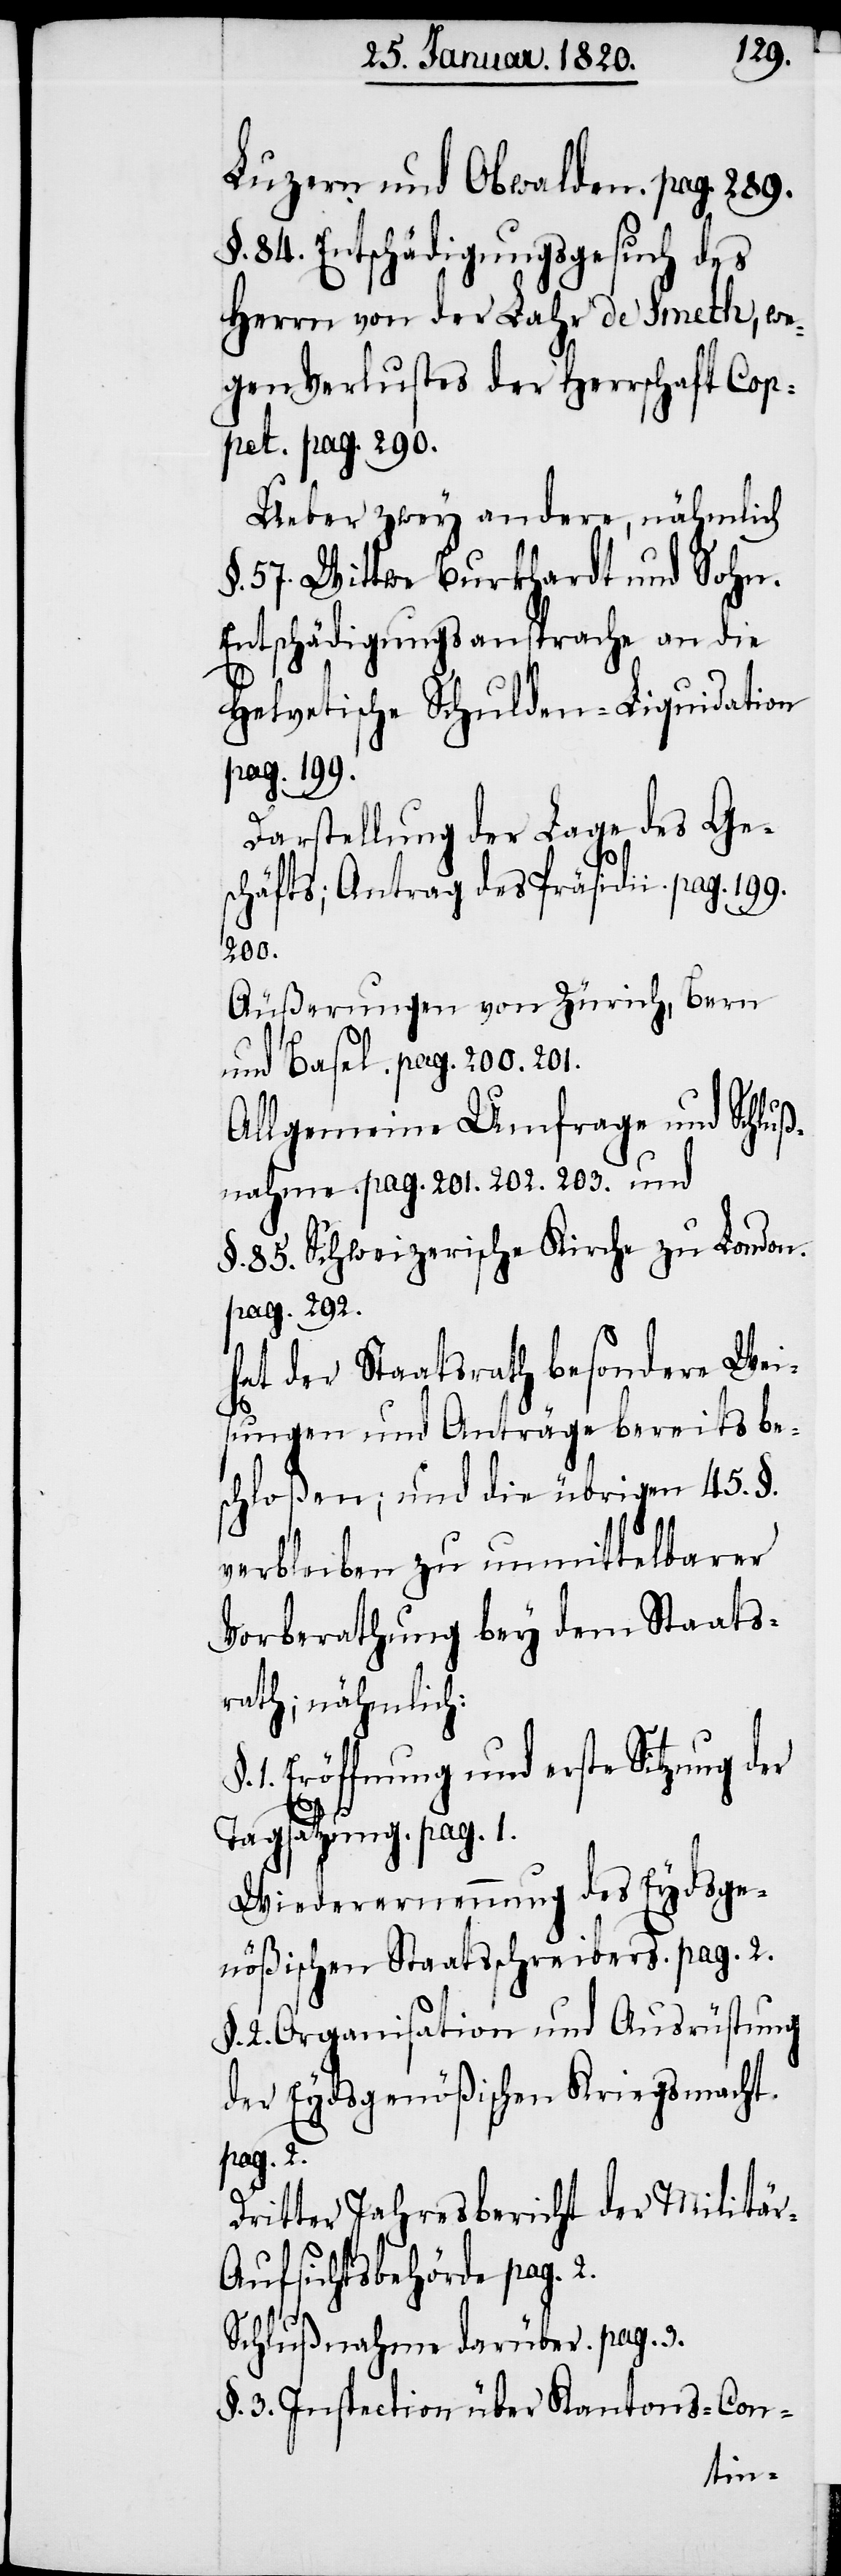
Luzern und Obwalden. pag. 289.
§. 84. Entschädigungsgesuch des
Herrn von der Lahr de Smeth, we¬
gen Verlustes der Herrschaft Cop¬
pet. pag. 290.
Ueber zwey andere, nähmlich
§. 57. Wittwe Burkhardt und Sohn.
Entschädigungsansprache an die
Helvetische Schulden-Liquidation
pag. 199.
Darstellung der Lage des Ge¬
schäfts; Antrag des Präsidii.
200.
Äußerungen von Zürich, Bern
und Basel. pag. 200 .201.
Allgemeine Umfrage und Schluß¬
nahme. pag. 201. 202. 203. und
§. 85. Schweizerische Kirche zu London.
pag. 292.
hat der Staatsrath besondere Wei¬
sungen und Anträge bereits be¬
schloßen; und die übrigen 45. §.
verbleiben zu unmittelbarer
Vorberathung bey dem Staats¬
rath; nähmlich:
1. Eröffnung und erste Sitzung der
Tagsatzung. pag. 1.
Wiederernennung des Eydsge¬
nößischen Staatsschreibers. pag. 2.
§. 2. Organisation und Ausrüstung
der Eydsgenößischen Kriegsmacht.
pag. 2.
Dritter Jahresbericht der Militär-A¬
ufsichtsbehörde pag. 2.
Schlußnahme darüber. pag. 3.
§. 3. Inspection über Kantons-Con-